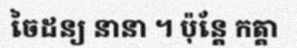
ចៃដន្យ នានា ។ ប៉ុន្តែ កត្តា